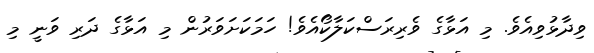
ވިދާޅުވިއެވެ. މި އަޅާގެ ވެރިރަސްކަލާކޯއެވެ! ހަމަކަށަވަރުން މި އަޅާގެ ދަރި ވަނީ މި